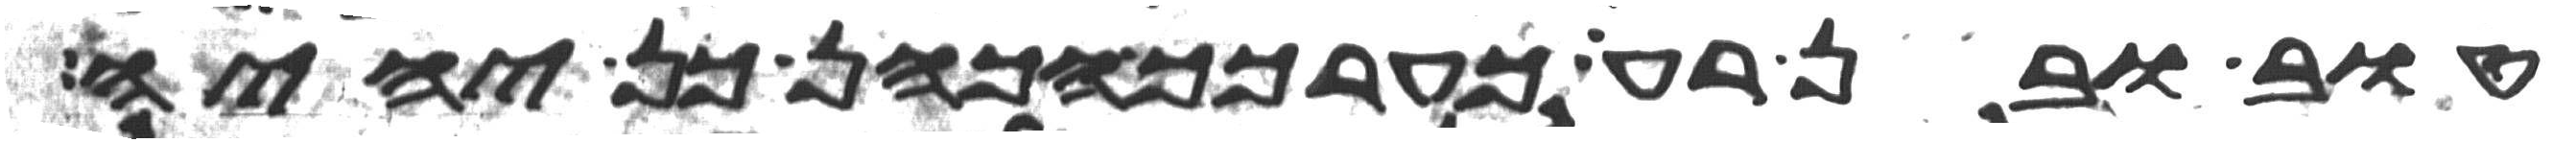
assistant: טוב ובין רע כערכך הכהן כן יהיה